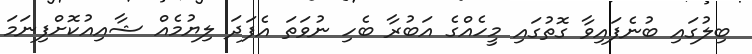
ބިލުގައި ބުނެފައިވާ ގޮތުގައި މީހެއްގެ އަބުރާ ބެހި ނުވަތަ އެފަދަ ލިޔުމެއް ޝާއިއުކޮށްފިނަމަ